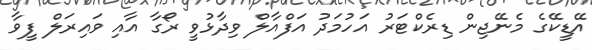
އޭޑީކޭގެ މެނޭޖިން ޑިރެކްޓަރު އަހުމަދު އަފްއާލް ވިދާޅުވީ ރޯގާ އާއި ވައިރަލް ފީވާ